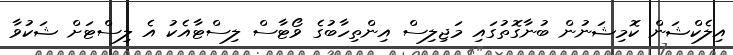
އިލެކްޝަން ކޮމިޝަނުން ބުނާގޮތުގައި މަޖިލިސް އިންތިހާބުގެ ވޯޓާސް ލިސްޓާއެކު އެ ލިސްޓަށް ޝަކުވާ